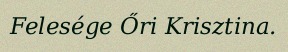
Felesége Őri Krisztina.